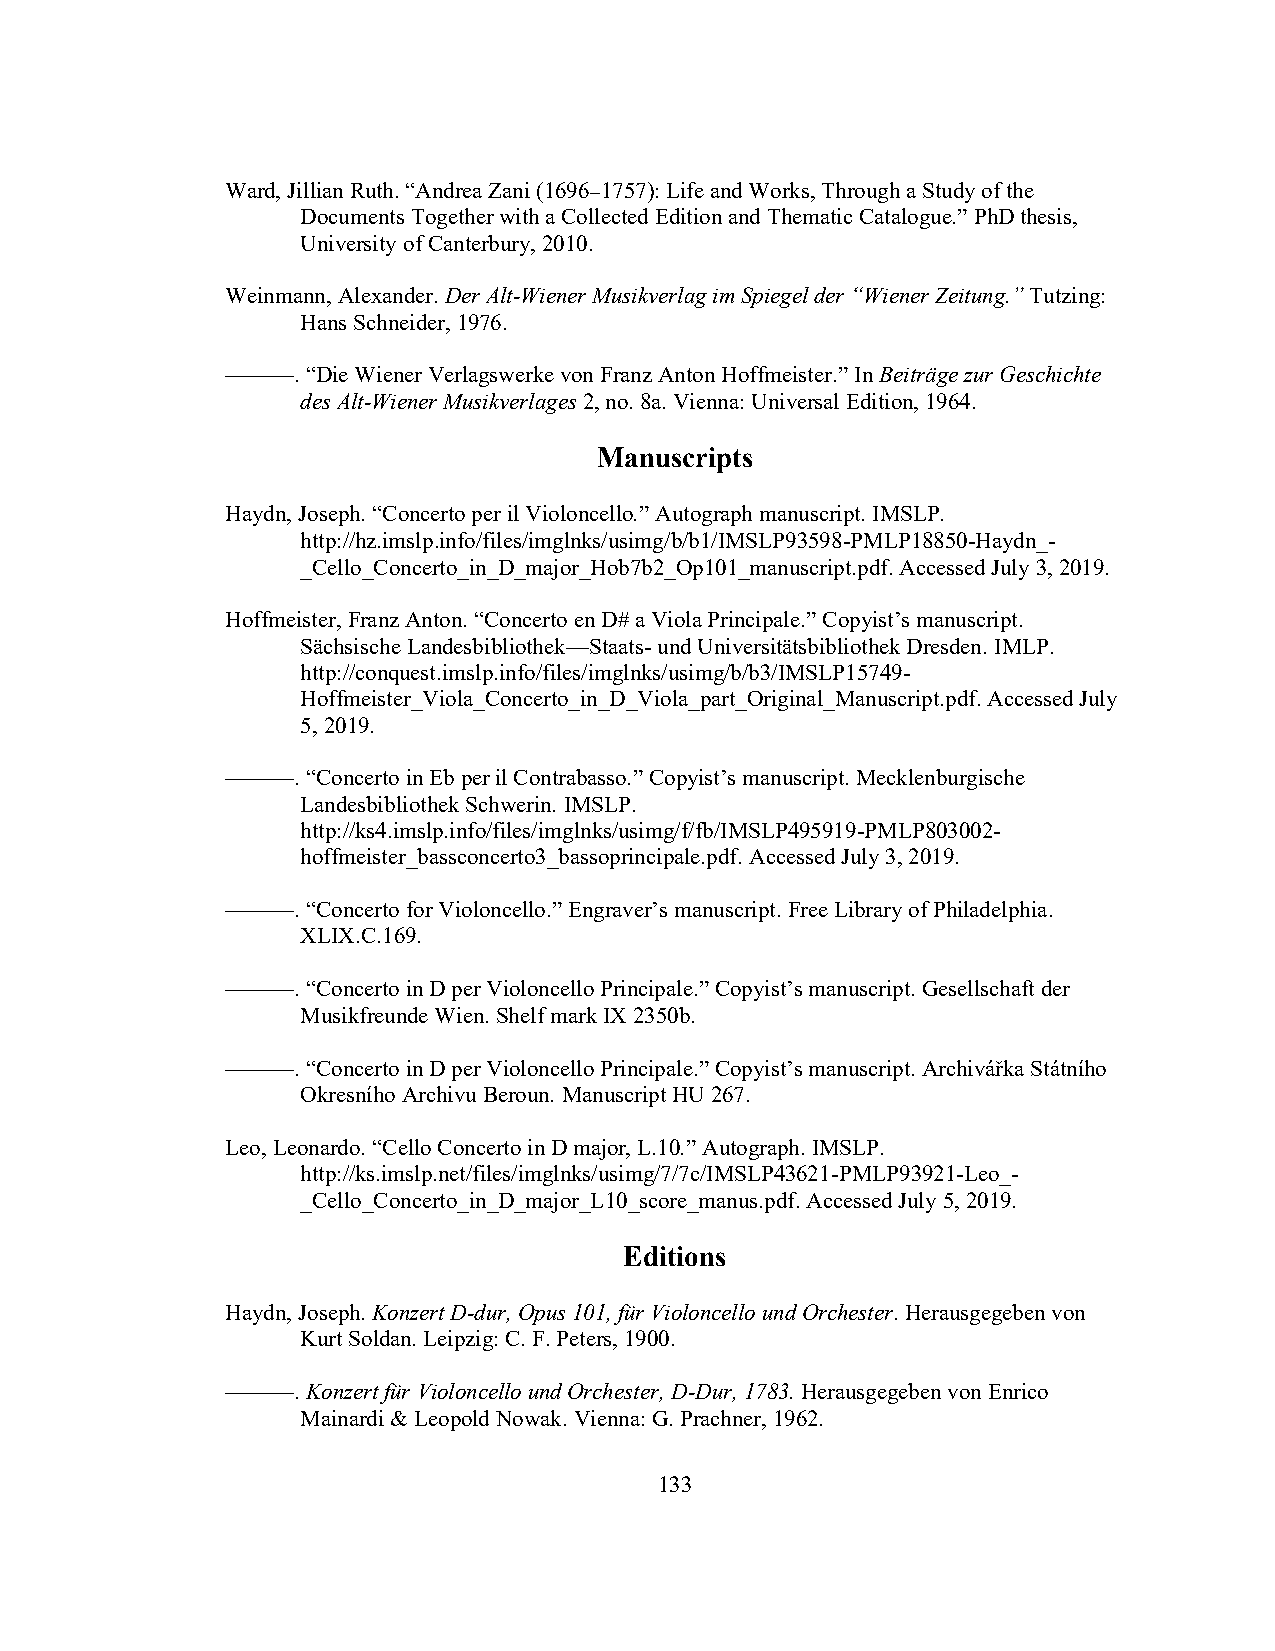
Ward, Jillian Ruth. “Andrea Zani (1696–1757): Life and Works, Through a Study of the
 Documents Together with a Collected Edition and Thematic Catalogue.” PhD thesis,
 University of Canterbury, 2010.
 Weinmann, Alexander. Der Alt-Wiener Musikverlag im Spiegel der “Wiener Zeitung.” Tutzing:
 Hans Schneider, 1976.
 ———. “Die Wiener Verlagswerke von Franz Anton Hoffmeister.” In Beiträge zur Geschichte
 des Alt-Wiener Musikverlages 2, no. 8a. Vienna: Universal Edition, 1964.
 Manuscripts
 Haydn, Joseph. “Concerto per il Violoncello.” Autograph manuscript. IMSLP.
 http://hz.imslp.info/files/imglnks/usimg/b/b1/IMSLP93598-PMLP18850-Haydn_-
 _Cello_Concerto_in_D_major_Hob7b2_Op101_manuscript.pdf. Accessed July 3, 2019.
 Hoffmeister, Franz Anton. “Concerto en D# a Viola Principale.” Copyist’s manuscript.
 Sächsische Landesbibliothek—Staats- und Universitätsbibliothek Dresden. IMLP.
 http://conquest.imslp.info/files/imglnks/usimg/b/b3/IMSLP15749-
 Hoffmeister_Viola_Concerto_in_D_Viola_part_Original_Manuscript.pdf. Accessed July
 5, 2019.
 ———. “Concerto in Eb per il Contrabasso.” Copyist’s manuscript. Mecklenburgische
 Landesbibliothek Schwerin. IMSLP.
 http://ks4.imslp.info/files/imglnks/usimg/f/fb/IMSLP495919-PMLP803002-
 hoffmeister_bassconcerto3_bassoprincipale.pdf. Accessed July 3, 2019.
 ———. “Concerto for Violoncello.” Engraver’s manuscript. Free Library of Philadelphia.
 XLIX.C.169.
 ———. “Concerto in D per Violoncello Principale.” Copyist’s manuscript. Gesellschaft der
 Musikfreunde Wien. Shelf mark IX 2350b.
 ———. “Concerto in D per Violoncello Principale.” Copyist’s manuscript. Archivářka Státního
 Okresního Archivu Beroun. Manuscript HU 267.
 Leo, Leonardo. “Cello Concerto in D major, L.10.” Autograph. IMSLP.
 http://ks.imslp.net/files/imglnks/usimg/7/7c/IMSLP43621-PMLP93921-Leo_-
 _Cello_Concerto_in_D_major_L10_score_manus.pdf. Accessed July 5, 2019.
 Editions
 Haydn, Joseph. Konzert D-dur, Opus 101, für Violoncello und Orchester. Herausgegeben von
 Kurt Soldan. Leipzig: C. F. Peters, 1900.
 ———. Konzert für Violoncello und Orchester, D-Dur, 1783. Herausgegeben von Enrico
 Mainardi & Leopold Nowak. Vienna: G. Prachner, 1962.
 133